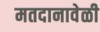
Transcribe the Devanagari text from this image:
मतदानावेळी